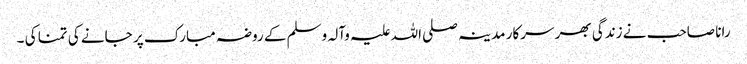
رانا صاحب نے زندگی بھر سرکار مدینہ صلی اللہ علیہ وآلہ وسلم کے روضہ مبارک پر جانے کی تمنا کی ۔